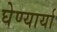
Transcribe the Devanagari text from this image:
घेण्यार्या